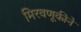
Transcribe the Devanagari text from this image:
मिरवणूकीने